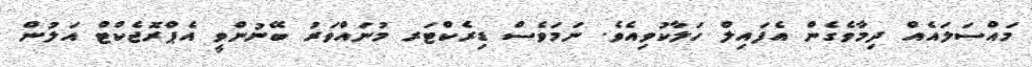
މައްސަލައެއް ދިމާވެގެން އެފައިލް ހަލާކުވިއެވެ. ނަމަވެސް ޑިރެކްޓަރ މުނައްވަރު ބޭނުންވީ އެޕްރޮޖެކްޓް އަލުން